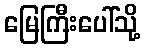
မြေကြီးပေါ်သို့